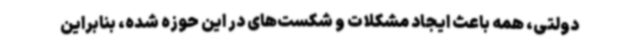
دولتی، همه باعث ایجاد مشکلات و شکست‌های در این حوزه شده، بنابراین